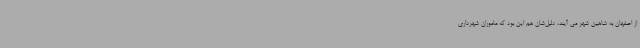
از اصفهان به شاهین شهر می آیند، دلیل‌شان هم این بود که ماموران شهرداری